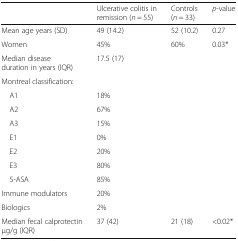
<table><thead><tr><td></td><td><b>Ulcerative colitis in remission (<i>n</i> = 55)</b></td><td><b>Controls (<i>n</i> = 33)</b></td><td><b><i>p</i>-value</b></td></tr></thead><tbody><tr><td>Mean age years (SD)</td><td>49 (14.2)</td><td>52 (10.2)</td><td>0.27</td></tr><tr><td>Women</td><td>45%</td><td>60%</td><td>0.03*</td></tr><tr><td>Median disease duration in years (IQR)</td><td>17.5 (17)</td><td></td><td></td></tr><tr><td colspan="4">Montreal classification:</td></tr><tr><td> A1</td><td>18%</td><td></td><td></td></tr><tr><td> A2</td><td>67%</td><td></td><td></td></tr><tr><td> A3</td><td>15%</td><td></td><td></td></tr><tr><td> E1</td><td>0%</td><td></td><td></td></tr><tr><td> E2</td><td>20%</td><td></td><td></td></tr><tr><td> E3</td><td>80%</td><td></td><td></td></tr><tr><td> 5-ASA</td><td>85%</td><td></td><td></td></tr><tr><td>Immune modulators</td><td>20%</td><td></td><td></td></tr><tr><td>Biologics</td><td>2%</td><td></td><td></td></tr><tr><td>Median fecal calprotectin μg/g (IQR)</td><td>37 (42)</td><td>21 (18)</td><td>&lt;0.02*</td></tr></tbody></table>